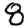
Digit: 8